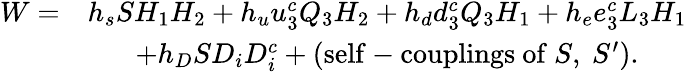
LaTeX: \begin{array}{cc}{{W=}}&{{h_{s}SH_{1}H_{2}+h_{u}u_{3}^{c}Q_{3}H_{2}+h_{d}d_{3}^{c}Q_{3}H_{1}+h_{e}e_{3}^{c}L_{3}H_{1}}}\\ {{}}&{{+h_{D}SD_{i}D_{i}^{c}+(\mathrm{self-couplings~of}~S,~S^{\prime}).}}\end{array}